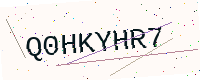
Text: Q0HKYHR7